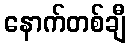
နောက်တစ်ချီ